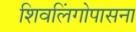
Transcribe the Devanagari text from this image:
शिवलिंगोपासना